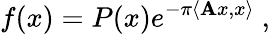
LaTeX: f(x)=P(x)e^{-\pi\langle\mathbf{A}x,x\rangle}~,